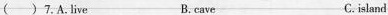
( )7.A.Live B.cave C.island